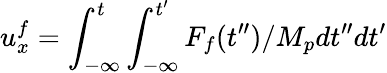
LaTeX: u_{x}^{f}=\int_{-\infty}^{t}\int_{-\infty}^{t^{\prime}}F_{f}(t^{\prime\prime})/M_{p}dt^{\prime\prime}dt^{\prime}